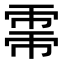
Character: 𢄀